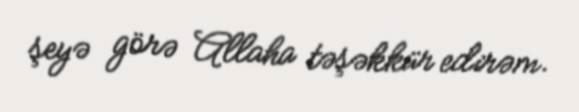
şeyə görə Allaha təşəkkür edirəm.